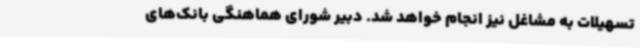
تسهیلات به مشاغل نیز انجام خواهد شد. دبیر شورای هماهنگی بانک‌های